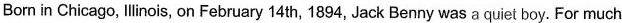
Bom in Chicago, llinois, on February 14 th, 1894, Jack Benny was a quiet boy. For much